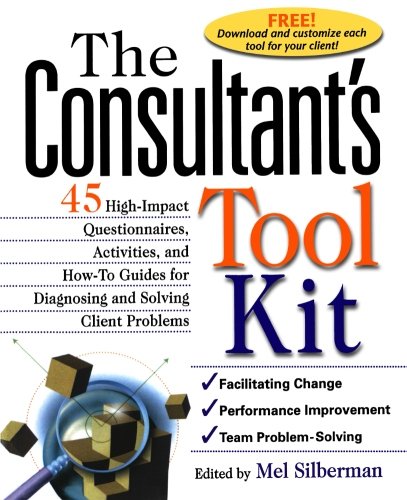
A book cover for The Consultant's Toolkit: High-Impact Questionnaires, Activities and How-to Guides for Diagnosing and Solving Client Problems; Mel Silberman; Business & Money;